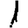
Digit: 1